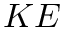
K E